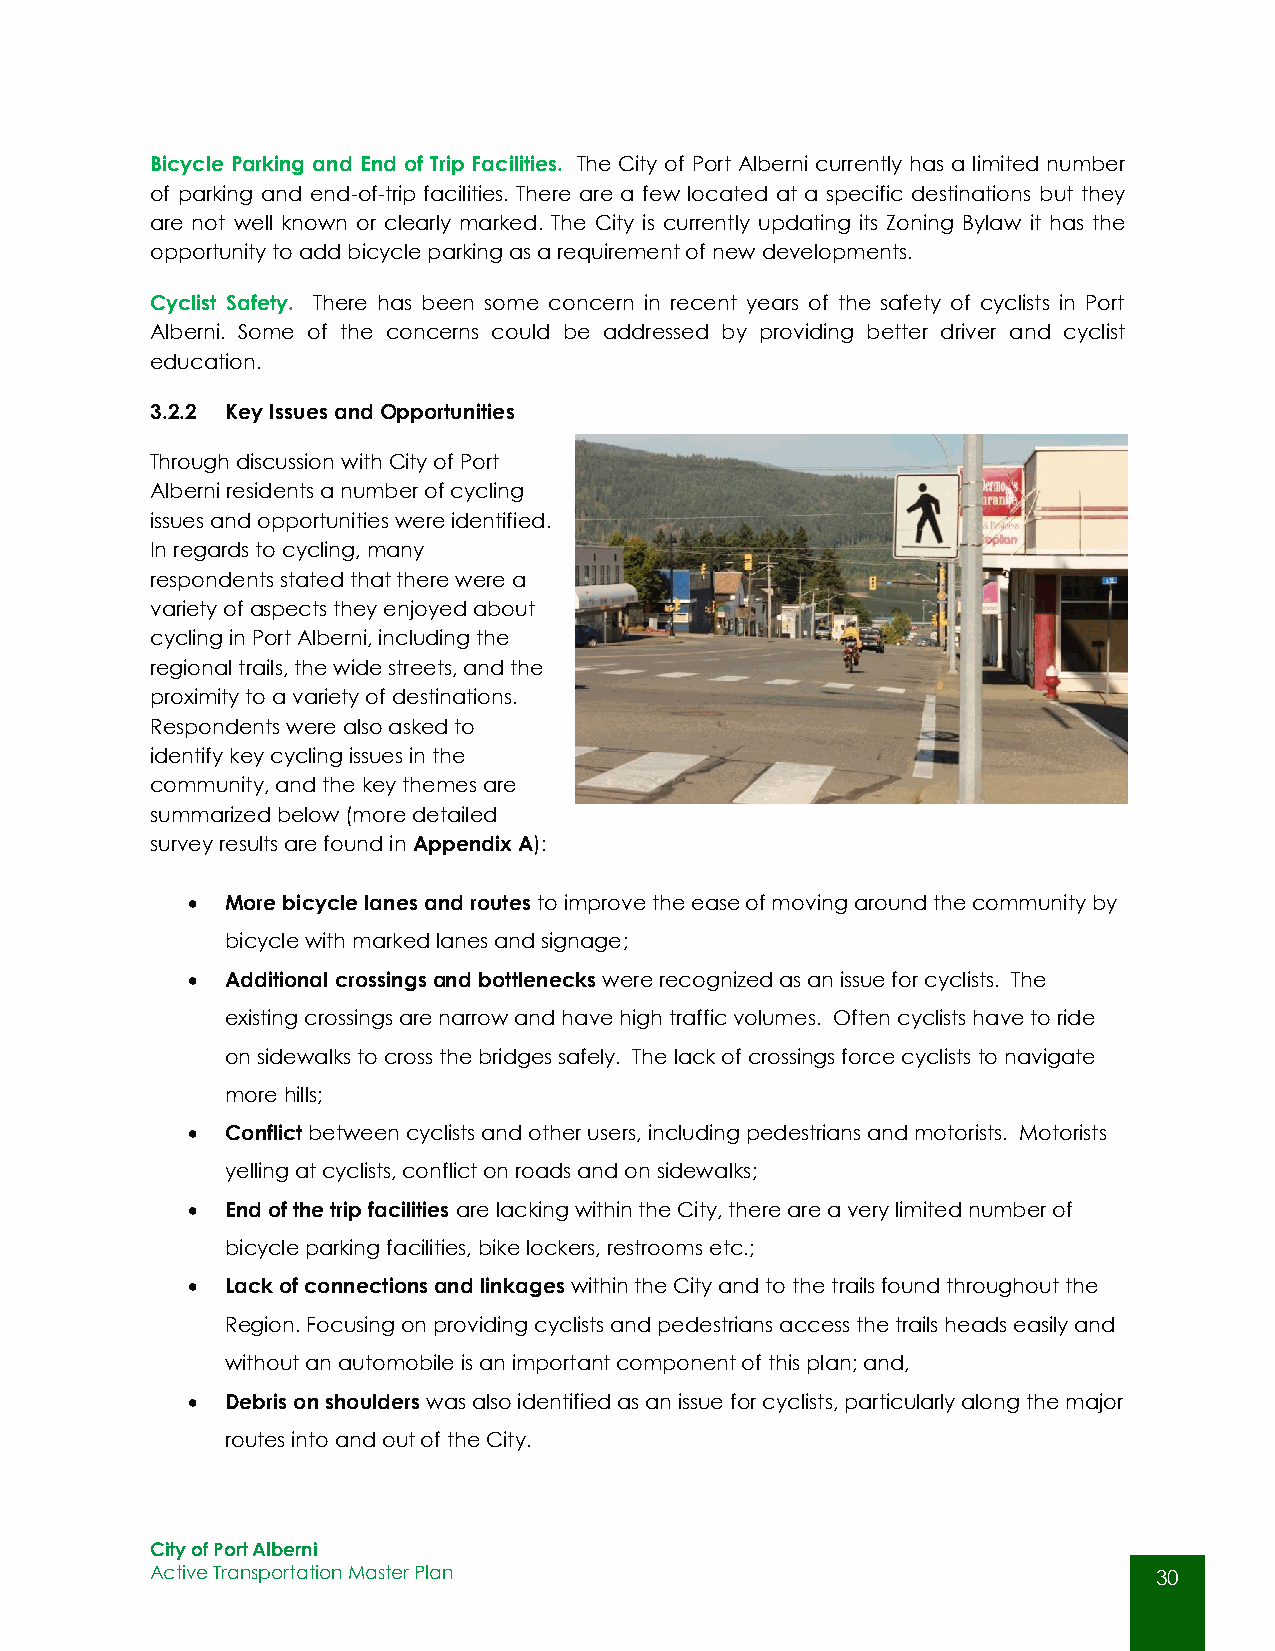
Bicycle Parking and End of Trip Facilities. The City of Port Alberni currently has a limited number
 of parking and end-of-trip facilities. There are a few located at a specific destinations but they
 are not well known or clearly marked. The City is currently updating its Zoning Bylaw it has the
 opportunity to add bicycle parking as a requirement of new developments.
 Cyclist Safety. There has been some concern in recent years of the safety of cyclists in Port
 Alberni. Some of the concerns could be addressed by providing better driver and cyclist
 education.
 3.2.2 Key Issues and Opportunities
 Through discussion with City of Port
 Alberni residents a number of cycling
 issues and opportunities were identified.
 In regards to cycling, many
 respondents stated that there were a
 variety of aspects they enjoyed about
 cycling in Port Alberni, including the
 regional trails, the wide streets, and the
 proximity to a variety of destinations.
 Respondents were also asked to
 identify key cycling issues in the
 community, and the key themes are
 summarized below (more detailed
 survey results are found in Appendix A):
   More bicycle lanes and routes to improve the ease of moving around the community by
 bicycle with marked lanes and signage;
   Additional crossings and bottlenecks were recognized as an issue for cyclists. The
 existing crossings are narrow and have high traffic volumes. Often cyclists have to ride
 on sidewalks to cross the bridges safely. The lack of crossings force cyclists to navigate
 more hills;
   Conflict between cyclists and other users, including pedestrians and motorists. Motorists
 yelling at cyclists, conflict on roads and on sidewalks;
   End of the trip facilities are lacking within the City, there are a very limited number of
 bicycle parking facilities, bike lockers, restrooms etc.;
   Lack of connections and linkages within the City and to the trails found throughout the
 Region. Focusing on providing cyclists and pedestrians access the trails heads easily and
 without an automobile is an important component of this plan; and,
   Debris on shoulders was also identified as an issue for cyclists, particularly along the major
 routes into and out of the City.
 City of Port Alberni
 Active Transportation Master Plan                                  30
 30